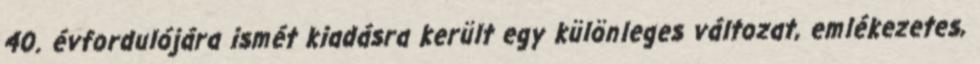
40. évfordulójára ismét kiadásra került egy különleges változat, emlékezetes,